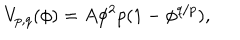
LaTeX: V _ { p , q } ( \phi ) = A \phi ^ { 2 } p ( 1 - \phi ^ { q / p } ) ,